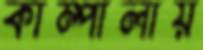
কাম্পালায়